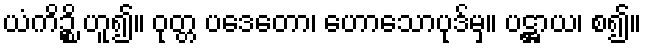
ယံကိဉ္စိ ဟူ၍။ ဝုတ္တ ပဒေတော၊ ဟောသောပုဒ်မှ။ ပဋ္ဌာယ၊ စ၍။